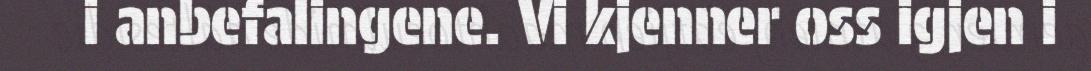
i anbefalingene. Vi kjenner oss igjen i